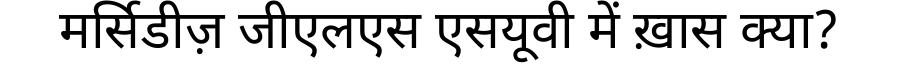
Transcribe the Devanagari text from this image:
मर्सिडीज़ जीएलएस एसयूवी में ख़ास क्या?